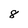
Character: 8